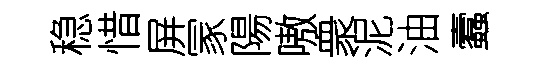
稳惜屏冡陽嗷衆泥油蠧